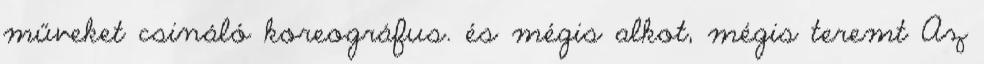
műveket csináló koreográfus. és mégis alkot, mégis teremt Az